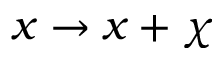
x \rightarrow x + \chi